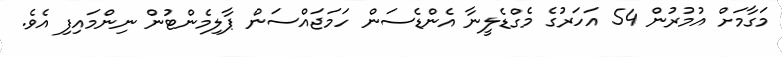
މަގާމަށް އުމުރުން 54 އަހަރުގެ މެގްޑެލީނާ އެންޑެސަން ހަމަޖައްސަން ޕާލިމެންޓުން ނިންމައިފި އެވެ.